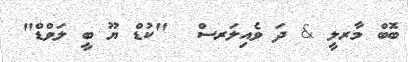
ބޮބް މާރލީ & ދަ ވެއިލަރސް  "ކުޑް ޔޫ ބީ ލަވްޑް"